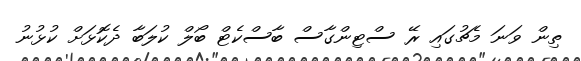
ތިން ވަނަ މެޗުގައި ރޭ ސްޓިންގާސް ބާސްކެޓް ބޯލް ކުލަބާ ދެކޮޅަށް ކުޅުނު